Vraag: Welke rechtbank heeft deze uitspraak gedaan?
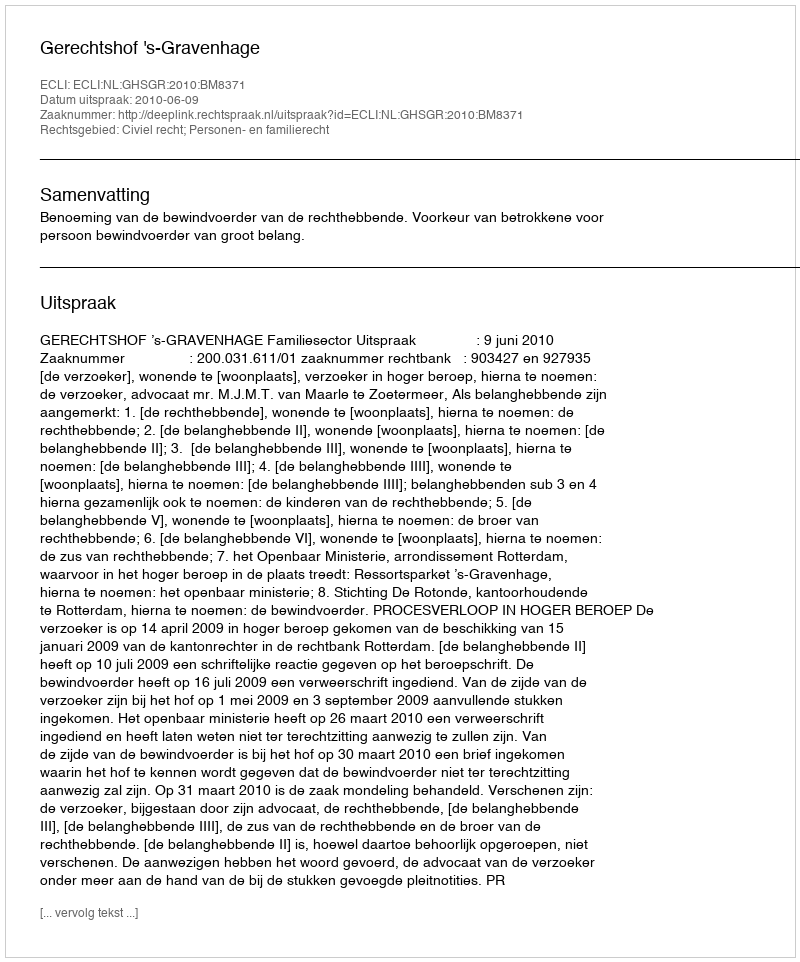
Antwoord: Gerechtshof 's-Gravenhage